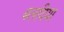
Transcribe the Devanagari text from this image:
बलदिया